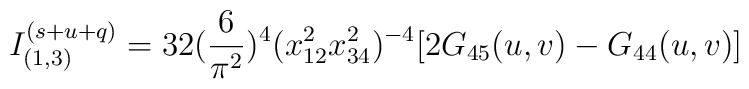
I_{(1,3)}^{(s+u+q)} = 32 (\frac{6}{\pi^2})^4 (x_{12}^2x_{34}^2)^{-4} [2 G_{45}(u,v)-G_{44}(u,v)]